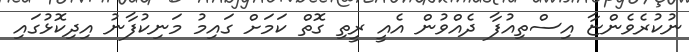
ނުކުރެވެންޏާ އިސްތިއުފާ ދެއްވުން އެއީ ރީތި ގޮތް ކަމަށް ގައިމު މަނިކުފާނު އިދިކޮޅުގައި